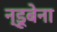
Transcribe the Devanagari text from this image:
न्डूबेना